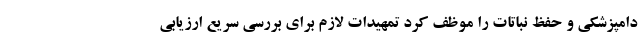
دامپزشکی و حفظ نباتات را موظف کرد تمهیدات لازم برای بررسی سریع ارزیابی